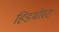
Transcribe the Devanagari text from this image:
हिंडमोस्ट